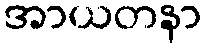
အာယတနာ